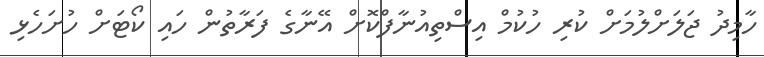
ހާމިދު ޖަލަށްލުމަށް ކުރި ހުކުމް އިސްތިއުނާފްކޮށް އޭނާގެ ފަރާތުން ހައި ކޯޓަށް ހުށަހެޅި